Lunatic asylums Burma 1907-21 - 1907-1921
Year: 1907
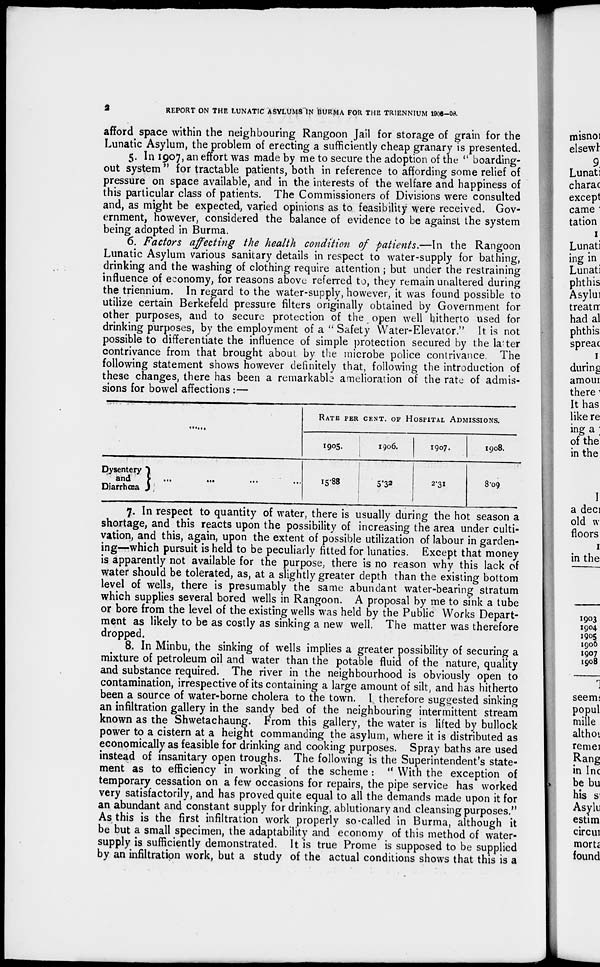
2
REPORT ON THE LUNATIC ASYLUMS IN BURMA FOR THE TRIENNIUM 1906-08
afford space within the neighbouring Rangoon Jail for storage of grain for the
Lunatic Asylum, the problem of erecting a sufficiently cheap granary is presented.
5. In 1907, an effort was made by me to secure the adoption of the " boarding-
out system " for tractable patients, both in reference to affording some relief of
pressure on space available, and in the interests of the welfare and happiness of
this particular class of patients. The Commissioners of Divisions were consulted
and, as might be expected, varied opinions as to feasibility were received. Gov-
ernment, however, considered the balance of evidence to be against the system
being adopted in Burma.
6. Factors affecting the health condition of patients.—In the Rangoon
Lunatic Asylum various sanitary details in respect to water-supply for bathing,
drinking and the washing of clothing require attention ; but under the restraining
influence of economy, for reasons above referred to, they remain unaltered during
the triennium. In regard to the water-supply, however, it was found possible to
utilize certain Berkefeld pressure filters originally obtained by Government for
other purposes, and to secure protection of the open well hitherto used for
drinking purposes, by the employment of a " Safety Water-Elevator." It is not
possible to differentiate the influence of simple protection secured by the later
contrivance from that brought about by the microbe police contrivance. The
following statement shows however definitely that, following the introduction of
these changes, there has been a remarkable amelioration of the rate of admis-
sions for bowel affections : —
Dysentery
And
...
...
...
...
Diarrhœa
RATE PER CENT. OF HOSPITAL ADMISSIONS.
1905.
15.88
1906.
5.32
1907.
2.31
1908.
8.09
7. In respect to quantity of water, there is usually during the hot season a
shortage, and this reacts upon the possibility of increasing the area under culti-
vation, and this, again, upon the extent of possible utilization of labour in garden-
ing—which pursuit is held to be peculiarly fitted for lunatics. Except that money
is apparently not available for the purpose, there is no reason why this lack of
water should be tolerated, as, at a slightly greater depth than the existing bottom
level of wells, there is presumably the same abundant water-bearing stratum
which supplies several bored wells in Rangoon. A proposal by me to sink a tube
or bore from the level of the existing wells was held by the Public Works Depart-
ment as likely to be as costly as sinking a new well. The matter was therefore
dropped.
8. In Minbu, the sinking of wells implies a greater possibility of securing a
mixture of petroleum oil and water than the potable fluid of the nature, quality
and substance required. The river in the neighbourhood is obviously open to
contamination, irrespective of its containing a large amount of silt, and has hitherto
been a source of water-borne cholera to the town. I therefore suggested sinking
an infiltration gallery in the sandy bed of the neighbouring intermittent stream
known as the Shwetachaung. From this gallery, the water is lifted by bullock
power to a cistern at a height commanding the asylum, where it is distributed as
economically as feasible for drinking and cooking purposes. Spray baths are used
instead of insanitary open troughs. The following is the Superintendent's state-
ment as to efficiency in working of the scheme : " With the exception of
temporary cessation on a few occasions for repairs, the pipe service has worked
very satisfactorily, and has proved quite equal to all the demands made upon it for
an abundant and constant supply for drinking, ablutionary and cleansing purposes."
As this is the first infiltration work properly so-called in Burma, although it
be but a small specimen, the adaptability and economy of this method of water-
supply is sufficiently demonstrated. It is true Prome is supposed to be supplied
by an infiltration work, but a study of the actual conditions shows that this is a